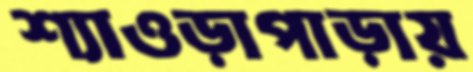
শ্যাওড়াপাড়ায়